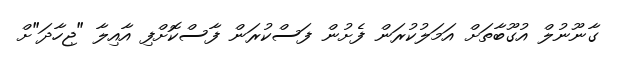
ގާނޫނުލް އުގޫބާތަށް އަމަލުކުރަން ފެށުން ފަސްކުރަން ފާސްކޮށްފި އާއިލާ "ޖިހާދަ"ށް